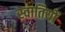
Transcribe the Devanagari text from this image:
स्वातियों